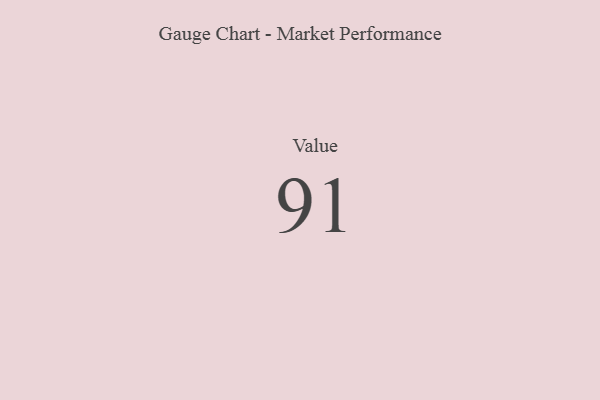
{"axis": {"x": "Metric", "y": "Value"}, "legend": [""], "data": [{"x": "Value", "y": 91, "type": ""}]}